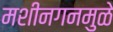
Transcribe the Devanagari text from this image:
मशीनगनमुळे